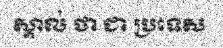
ស្គាល់ ថា ជា ប្រទេស